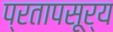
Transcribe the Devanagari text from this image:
प्रतापसूर्य